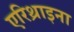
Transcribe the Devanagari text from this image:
एरिथ्राइना